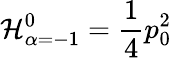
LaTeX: {\cal H}_{\alpha=-1}^{0}={\frac{1}{4}}p_{0}^{2}